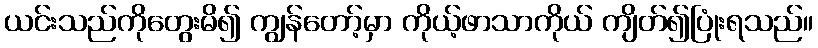
ယင်းသည်ကိုတွေးမိ၍ ကျွန်တော့်မှာ ကိုယ့်ဖာသာကိုယ် ကျိတ်၍ပြုံးရသည်။